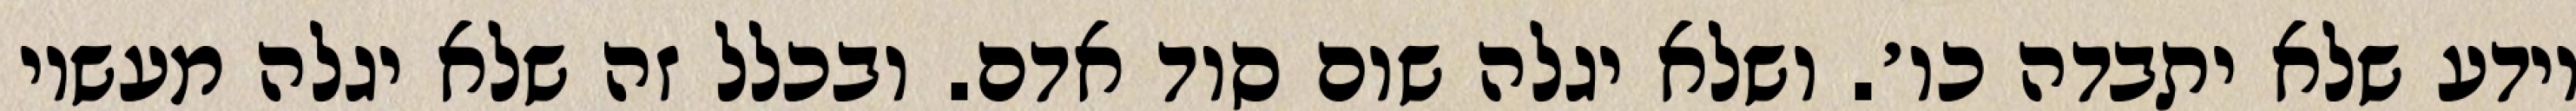
יודע שלא יתבדה כו׳. ושלא יגלה שום סוד אדם. ובכלל זה שלא יגלה מעשיו